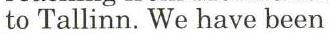
to Tallinn. We have been